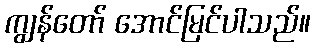
ကျွန်တော် အောင်မြင်ပါသည်။